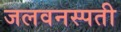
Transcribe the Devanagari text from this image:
जलवनस्पती